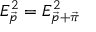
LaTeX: E _ { \vec { p } } ^ { 2 } = E _ { \vec { p } + \vec { \pi } } ^ { 2 }